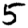
Digit: 5